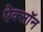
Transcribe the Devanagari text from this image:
ऐक्सॉन